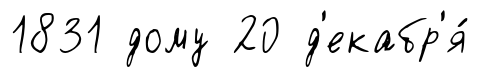
1831 дому 20 д'екабр'я́